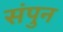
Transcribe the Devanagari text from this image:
संपुन